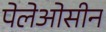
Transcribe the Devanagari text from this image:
पेलेओसीन